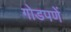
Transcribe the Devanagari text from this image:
गोडपणें